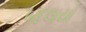
બદલાયો